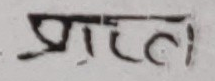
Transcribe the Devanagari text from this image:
प्रातल